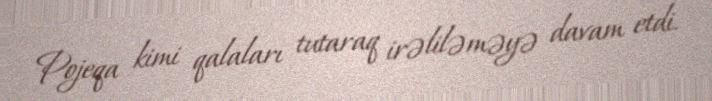
Pojeqa kimi qalaları tutaraq irəliləməyə davam etdi.